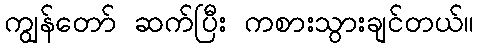
ကျွန်တော် ဆက်ပြီး ကစားသွားချင်တယ်။